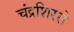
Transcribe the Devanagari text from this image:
चंद्रशिरसे